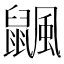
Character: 𪕴